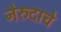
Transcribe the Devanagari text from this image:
नेरुदाचे